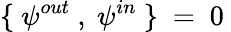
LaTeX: \{ ~\psi^{out}~,~\psi^{in}~\} ~=~0~